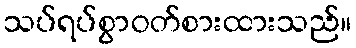
သပ်ရပ်စွာဝတ်စားထားသည်။